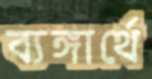
ব্যঙ্গার্থে